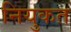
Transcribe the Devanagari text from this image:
नियुकत